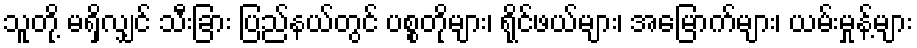
သူတို့ မရှိလျှင် သီးခြား ပြည်နယ်တွင် ပစ္စတိုများ၊ ရိုင်ဖယ်များ၊ အမြောက်များ၊ ယမ်းမှုန့်များ